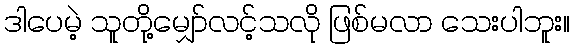
ဒါပေမဲ့ သူတို့မျှော်လင့်သလို ဖြစ်မလာ သေးပါဘူး။